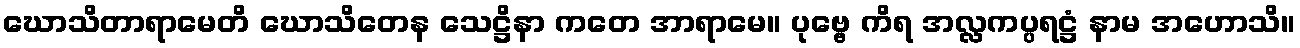
ဃောသိတာရာမေတိ ဃောသိတေန သေဋ္ဌိနာ ကတေ အာရာမေ။ ပုဗ္ဗေ ကိရ အလ္လကပ္ပရဋ္ဌံ နာမ အဟောသိ။